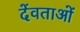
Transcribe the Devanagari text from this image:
देंवताओं